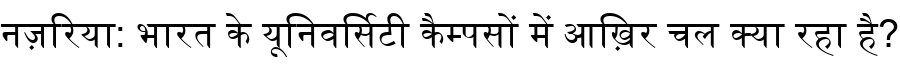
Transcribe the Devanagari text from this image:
नज़रिया: भारत के यूनिवर्सिटी कैम्पसों में आख़िर चल क्या रहा है?